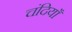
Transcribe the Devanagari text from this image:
चंदियाँ